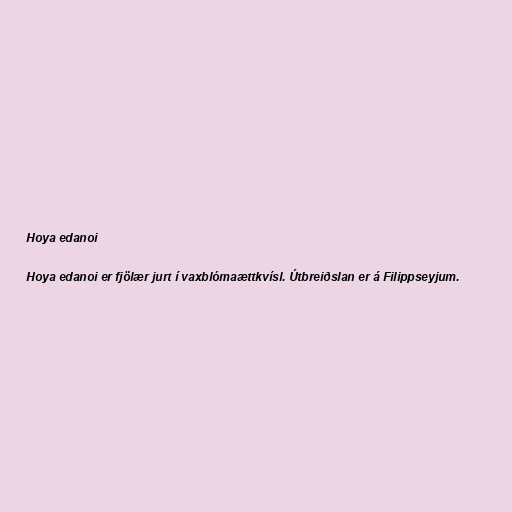
Hoya edanoi

Hoya edanoi er fjölær jurt í vaxblómaættkvísl. Útbreiðslan er á Filippseyjum.